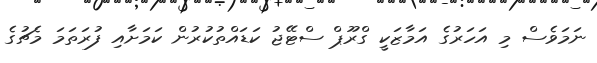
ނަމަވެސް މި އަހަރުގެ އަމާޒަކީ ގްރޫޕް ސްޓޭޖު ކަޑައްތުކުރުން ކަމަށާއި ފުރަތަމަ މެޗުގެ